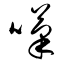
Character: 嘆